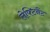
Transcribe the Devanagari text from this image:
लेफ्टिनैंट